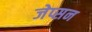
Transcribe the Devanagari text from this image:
जेप्सन